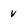
Character: V